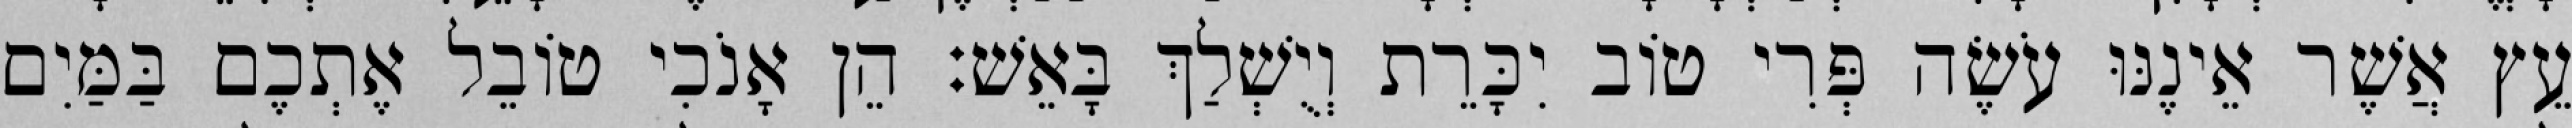
עֵץ אֲשֶׁר אֵינֶנּוּ עֹשֶׂה פְּרִי טוֹב יִכָּרֵת וְיֻשְׁלַךְ בָּאֵשׁ׃ הֵן אָנֹכִי טוֹבֵל אֶתְכֶם בַּמַּיִם